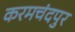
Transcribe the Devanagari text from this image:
करमचंदपुर